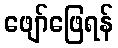
ဖျော်ဖြေရန်